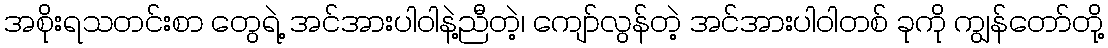
အစိုးရသတင်းစာ တွေရဲ့ အင်အားပါဝါနဲ့ညီတဲ့၊ ကျော်လွန်တဲ့ အင်အားပါဝါတစ် ခုကို ကျွန်တော်တို့